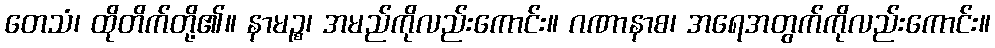
တေသံ၊ ထိုတိက်တို့၏။ နာမဉ္စ၊ အမည်ကိုလည်းကောင်း။ ဂဏာနာစ၊ အရေအတွက်ကိုလည်းကောင်း။